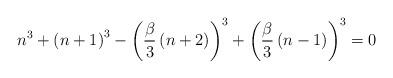
LaTeX: \begin{align*}n^{3}+\left(n+1\right)^{3}-\left(\frac{\beta}{3}\left(n+2\right)\right)^{3}+\left(\frac{\beta}{3}\left(n-1\right)\right)^{3}=0\end{align*}